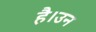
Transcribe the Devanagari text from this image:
है।उन